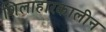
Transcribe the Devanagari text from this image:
शिलाहारकालीन